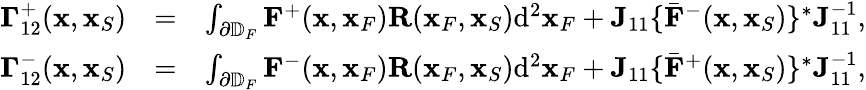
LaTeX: \begin{array}{rlr}{{\mathbf\Gamma}_{12}^{+}({\mathbf x},{\mathbf x}_{S})}&{=}&{\int_{\partial\mathbb{D}_{F}}{\mathbf F}^{+}({\mathbf x},{\mathbf x}_{F}){\mathbf R}({\mathbf x}_{F},{\mathbf x}_{S})\mathrm{d}^{2}{\mathbf x}_{F}+{\mathbf J}_{11}\{ {{\bar{\mathbf F}}}^{-}({\mathbf x},{\mathbf x}_{S})\} ^{*}{\mathbf J}_{11}^{-1},}\\ {{\mathbf\Gamma}_{12}^{-}({\mathbf x},{\mathbf x}_{S})}&{=}&{\int_{\partial\mathbb{D}_{F}}{\mathbf F}^{-}({\mathbf x},{\mathbf x}_{F}){\mathbf R}({\mathbf x}_{F},{\mathbf x}_{S})\mathrm{d}^{2}{\mathbf x}_{F}+{\mathbf J}_{11}\{ {{\bar{\mathbf F}}}^{+}({\mathbf x},{\mathbf x}_{S})\} ^{*}{\mathbf J}_{11}^{-1},}\end{array}